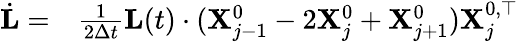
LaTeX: \begin{array}{rl}{\dot{\mathbf{L}}=}&{{}\frac 1{2\Delta t}\mathbf{L}(t)\cdot(\mathbf{X}_{j-1}^{0}-2\mathbf{X}_{j}^{0}+\mathbf{X}_{j+1}^{0})\mathbf{X}_{j}^{0,\top}}\end{array}